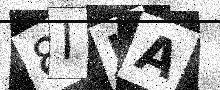
Text: 8IJA